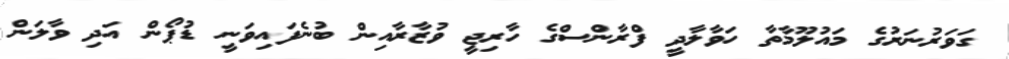
ގަވަރުނަރުގެ މައުލޫމާތާ ހަވާލާދީ ފްރާންސްގެ ހާރިޖީ ވުޒާރާއިން ބުނެފައިވަނީ ޑުޕޯން އަދި ވާލަން